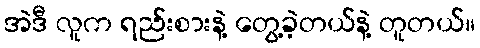
အဲဒီ လူက ရည်းစားနဲ့ တွေ့ခဲ့တယ်နဲ့ တူတယ်။